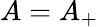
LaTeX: A=A_{+}